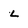
Character: L